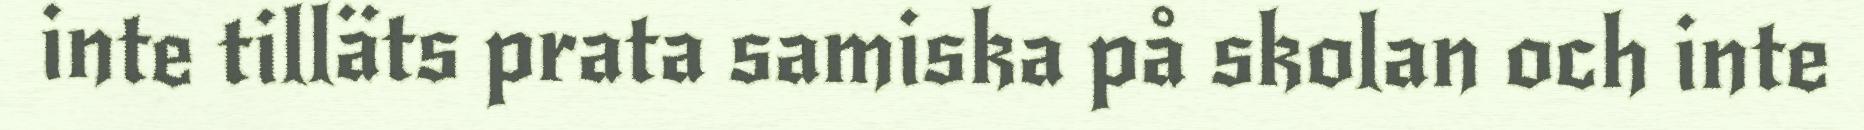
inte tilläts prata samiska på skolan och inte